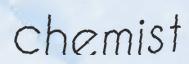
chemist